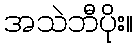
အသဲဘီပိုး။